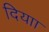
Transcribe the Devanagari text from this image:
दियाा